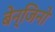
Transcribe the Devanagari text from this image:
बेन्जिनो